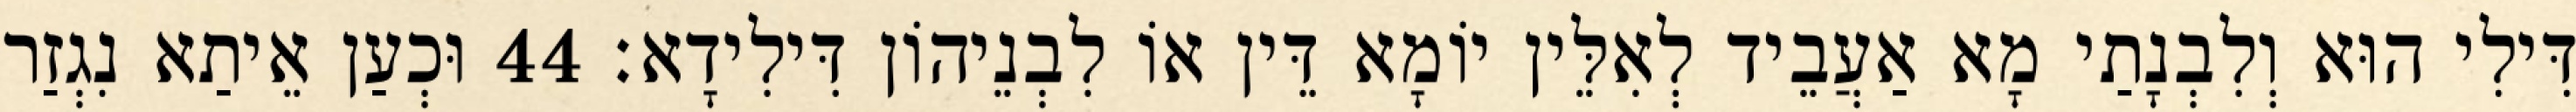
דִּילִי הוּא וְלִבְנָתַי מָא אַעֲבֵיד לְאִלֵּין יוֹמָא דֵּין אוֹ לִבְנֵיהוֹן דִּילִידָא׃ 44 וּכְעַן אֵיתַא נִגְזַר